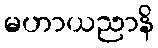
မဟာယညာနိ